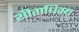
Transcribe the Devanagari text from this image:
शीताधिक्य